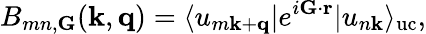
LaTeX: B_{mn,\mathbf G}(\mathbf k,\mathbf q)=\langle u_{m\mathbf k+\mathbf q}|e^{i{\mathbf G}\cdot{\mathbf r}}|u_{n\mathbf k}\rangle_{\mathrm{uc}},